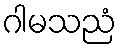
ဂါမသညံ